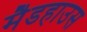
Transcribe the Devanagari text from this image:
मैडहाउस